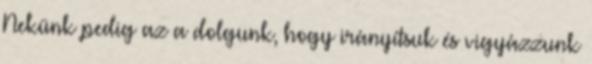
Nekünk pedig az a dolgunk, hogy irányítsuk és vigyázzunk